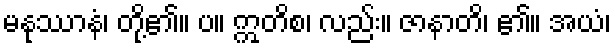
မနုဿာနံ၊ တို့၏။ ပ။ ဣတိစ၊ လည်း။ ဇာနာတိ၊ ၏။ အယံ၊